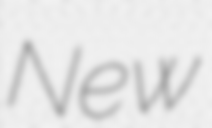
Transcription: New